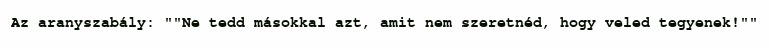
Az aranyszabály: ""Ne tedd másokkal azt, amit nem szeretnéd, hogy veled tegyenek!""